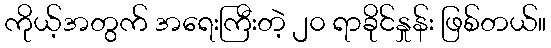
ကိုယ့်အတွက် အရေးကြီးတဲ့ ၂၀ ရာခိုင်နှုန်း ဖြစ်တယ်။